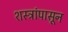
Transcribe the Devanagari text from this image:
शस्त्रांपासून